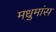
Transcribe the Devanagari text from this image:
मधुमांस